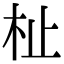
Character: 杫